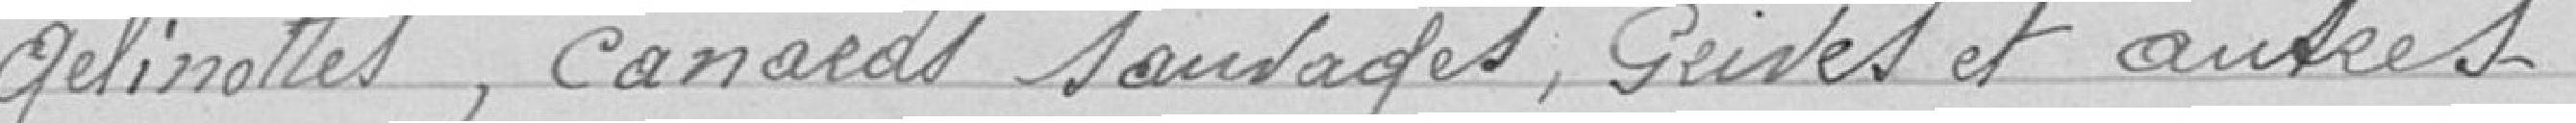
gallinettes, canards sauvages, grives et autres